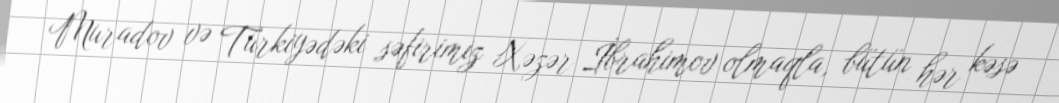
Muradov və Türkiyədəki səfirimiz Xəzər İbrahimov olmaqla, bütün hər kəsə